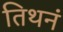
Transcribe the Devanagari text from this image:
तिथनं